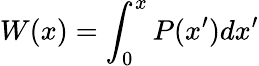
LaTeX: W(x)=\int_{0}^{x}P(x^{\prime})dx^{\prime}